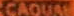
CAOUAI